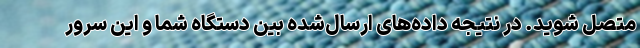
متصل شوید. در نتیجه داده‌های ارسال‌شده بین دستگاه‌ شما و این سرور